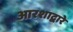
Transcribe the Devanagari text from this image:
आरशाद्वारे